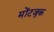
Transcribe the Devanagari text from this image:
मोंटजुक